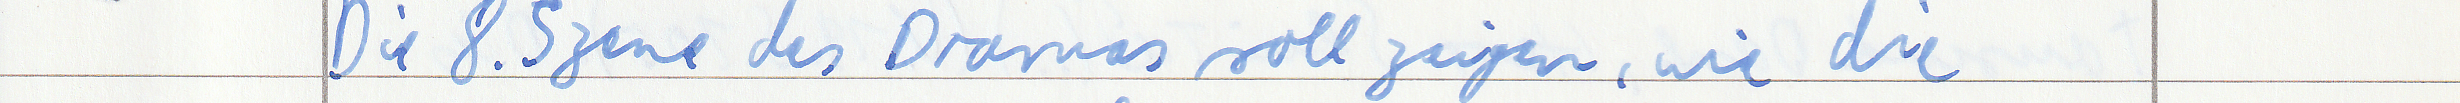
Die 8. Szene des Dramas soll zeigen, wie die